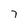
Character: 7